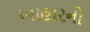
આહારનો